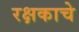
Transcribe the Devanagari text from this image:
रक्षकाचे